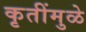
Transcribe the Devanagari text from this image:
कृतींमुळे